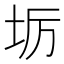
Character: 𭎅